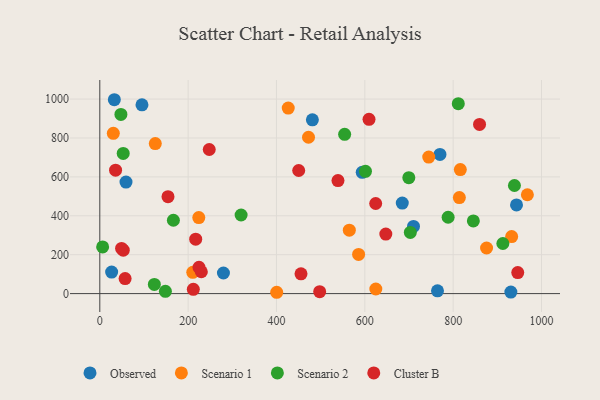
{"axis": {"x": "Engine Size", "y": "Profit"}, "legend": ["Cluster B", "Observed", "Scenario 1", "Scenario 2"], "data": [{"x": "481.3", "y": 893.2, "type": "Observed"}, {"x": "770.1", "y": 715.4, "type": "Observed"}, {"x": "764.5", "y": 14.0, "type": "Observed"}, {"x": "710.2", "y": 345.4, "type": "Observed"}, {"x": "594.1", "y": 623.6, "type": "Observed"}, {"x": "684.8", "y": 465.2, "type": "Observed"}, {"x": "32.9", "y": 996.8, "type": "Observed"}, {"x": "26.8", "y": 110.5, "type": "Observed"}, {"x": "95.5", "y": 970.4, "type": "Observed"}, {"x": "59.3", "y": 573.3, "type": "Observed"}, {"x": "943.4", "y": 456.0, "type": "Observed"}, {"x": "279.9", "y": 105.8, "type": "Observed"}, {"x": "930.6", "y": 7.8, "type": "Observed"}, {"x": "210.5", "y": 109.2, "type": "Scenario 1"}, {"x": "585.9", "y": 201.2, "type": "Scenario 1"}, {"x": "400.5", "y": 6.8, "type": "Scenario 1"}, {"x": "624.9", "y": 23.6, "type": "Scenario 1"}, {"x": "744.7", "y": 701.8, "type": "Scenario 1"}, {"x": "472.5", "y": 803.8, "type": "Scenario 1"}, {"x": "875.6", "y": 234.4, "type": "Scenario 1"}, {"x": "814.0", "y": 493.9, "type": "Scenario 1"}, {"x": "426.6", "y": 954.1, "type": "Scenario 1"}, {"x": "932.4", "y": 293.1, "type": "Scenario 1"}, {"x": "30.6", "y": 824.3, "type": "Scenario 1"}, {"x": "564.9", "y": 326.2, "type": "Scenario 1"}, {"x": "224.1", "y": 390.7, "type": "Scenario 1"}, {"x": "816.2", "y": 637.8, "type": "Scenario 1"}, {"x": "125.6", "y": 771.5, "type": "Scenario 1"}, {"x": "968.0", "y": 508.2, "type": "Scenario 1"}, {"x": "788.6", "y": 392.6, "type": "Scenario 2"}, {"x": "811.6", "y": 976.5, "type": "Scenario 2"}, {"x": "938.7", "y": 555.8, "type": "Scenario 2"}, {"x": "601.5", "y": 628.7, "type": "Scenario 2"}, {"x": "47.8", "y": 921.1, "type": "Scenario 2"}, {"x": "123.5", "y": 47.4, "type": "Scenario 2"}, {"x": "6.4", "y": 239.8, "type": "Scenario 2"}, {"x": "166.6", "y": 377.0, "type": "Scenario 2"}, {"x": "699.6", "y": 596.1, "type": "Scenario 2"}, {"x": "703.0", "y": 314.4, "type": "Scenario 2"}, {"x": "148.5", "y": 11.6, "type": "Scenario 2"}, {"x": "912.5", "y": 257.6, "type": "Scenario 2"}, {"x": "845.7", "y": 373.6, "type": "Scenario 2"}, {"x": "319.9", "y": 404.1, "type": "Scenario 2"}, {"x": "554.3", "y": 818.9, "type": "Scenario 2"}, {"x": "53.0", "y": 720.8, "type": "Scenario 2"}, {"x": "57.3", "y": 77.2, "type": "Cluster B"}, {"x": "211.7", "y": 22.2, "type": "Cluster B"}, {"x": "229.9", "y": 112.3, "type": "Cluster B"}, {"x": "53.1", "y": 223.4, "type": "Cluster B"}, {"x": "946.2", "y": 108.2, "type": "Cluster B"}, {"x": "455.5", "y": 101.5, "type": "Cluster B"}, {"x": "450.3", "y": 632.9, "type": "Cluster B"}, {"x": "224.6", "y": 135.1, "type": "Cluster B"}, {"x": "35.7", "y": 634.5, "type": "Cluster B"}, {"x": "154.4", "y": 498.2, "type": "Cluster B"}, {"x": "609.5", "y": 895.8, "type": "Cluster B"}, {"x": "217.1", "y": 279.6, "type": "Cluster B"}, {"x": "497.8", "y": 10.1, "type": "Cluster B"}, {"x": "539.2", "y": 581.1, "type": "Cluster B"}, {"x": "49.3", "y": 232.2, "type": "Cluster B"}, {"x": "647.5", "y": 305.9, "type": "Cluster B"}, {"x": "247.8", "y": 741.0, "type": "Cluster B"}, {"x": "624.6", "y": 463.2, "type": "Cluster B"}, {"x": "859.7", "y": 869.6, "type": "Cluster B"}]}